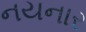
નયનાર